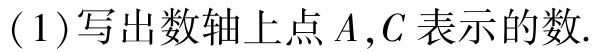
(1)写出数轴上点\(A,C\)表示的数.